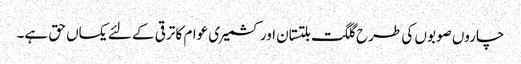
چاروں صوبوں کی طرح گلگت بلتستان اور کشمیری عوام کا ترقی کے لئے یکساں حق ہے۔